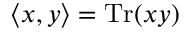
\langle x , y \rangle = \operatorname { T r } ( x y )